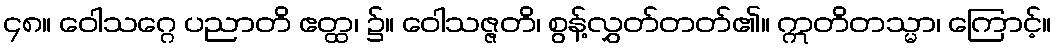
၄၈။ ဝေါသဂ္ဂေ ပညာတိ ဧတ္ထ၊ ၌။ ဝေါသဇ္ဇတိ၊ စွန့်လွှတ်တတ်၏။ ဣတိတသ္မာ၊ ကြောင့်။